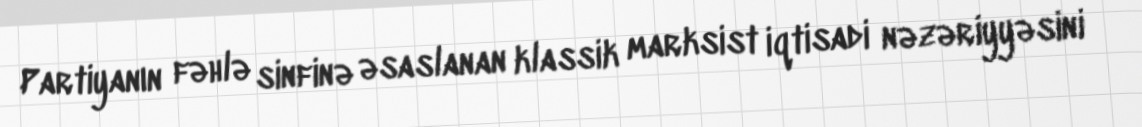
Partiyanın fəhlə sinfinə əsaslanan klassik marksist iqtisadi nəzəriyyəsini